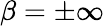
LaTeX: \beta=\pm\infty